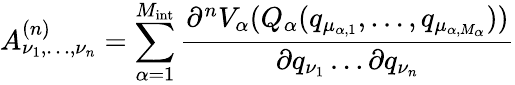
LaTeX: A_{\nu_{1},\dots,\nu_{n}}^{(n)}=\sum_{\alpha=1}^{M_{\mathrm{int}}}\frac{\partial^{n}V_{\alpha}(Q_{\alpha}(q_{\mu_{\alpha,1}},\dots,q_{\mu_{\alpha,M_{\alpha}}}))}{\partial q_{\nu_{1}}\dots\partial q_{\nu_{n}}}